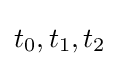
t_{0},t_{1},t_{2}